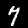
Label: 7